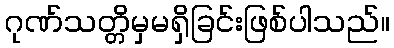
ဂုဏ်သတ္တိမှမရှိခြင်းဖြစ်ပါသည်။